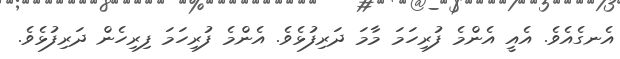
އެނގެއެވެ. އެއީ އެންމެ ފުރިހަމަ މާމަ ދަރިފުޅެވެ. އެންމެ ފުރިހަމަ ފިރިހެން ދަރިފުޅެވެ.